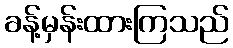
ခန့်မှန်းထားကြသည်